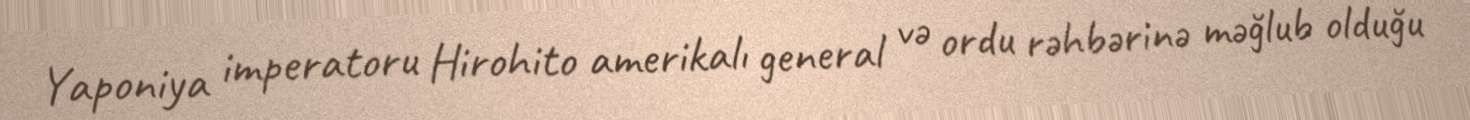
Yaponiya imperatoru Hirohito amerikalı general və ordu rəhbərinə məğlub olduğu